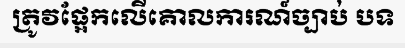
ត្រូវផ្អែកលើគោលការណ៍ច្បាប់ បទ